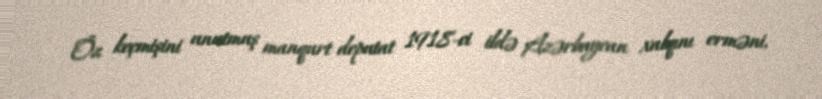
Öz keçmişini unutmuş manqurt deputat 1918-ci ildə Azərbaycan xalqını erməni,